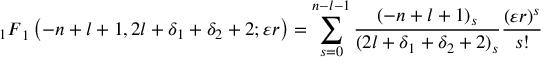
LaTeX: { _ 1 F } _ { 1 } \left( - n + l + 1 , 2 l + \delta _ { 1 } + \delta _ { 2 } + 2 ; \varepsilon r \right) = \sum _ { s = 0 } ^ { n - l - 1 } \frac { ( - n + l + 1 ) _ { s } } { ( 2 l + \delta _ { 1 } + \delta _ { 2 } + 2 ) _ { s } } \frac { ( \varepsilon r ) ^ { s } } { s ! }